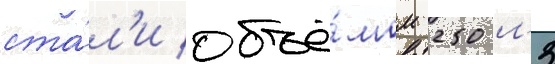
ста́л'и объё́мом 250 м3